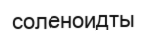
соленоидты